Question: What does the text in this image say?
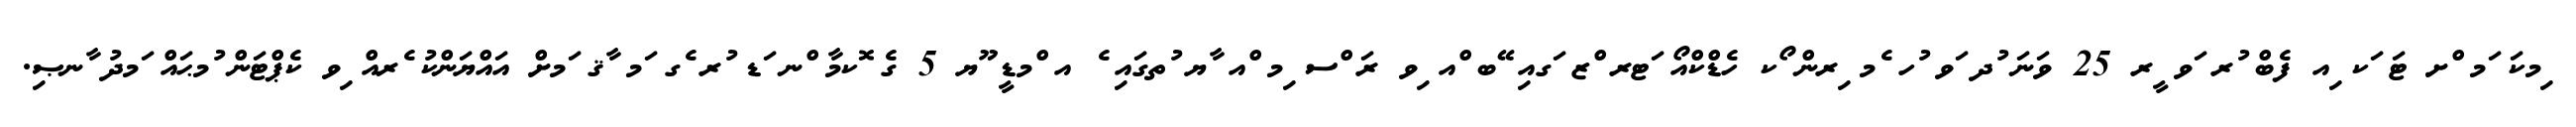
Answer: ިމކަ ަމ ްށ ޓަ ަކ ިއ ފެބް ުރ ަވ ީރ 25 ވަނަ ުދ ަވ ުހ ެމ ިރން ޯކ ހެޑްކްއޯ ަޓރ ްޒ ަގއި ޭބ ްއ ިވ ރަ ްސ ިމ ްއ ާޔ ުތގައި ެ އ ްމޑީ ޫޔ 5 ގެ ޮކމާ ްނ ަޑ ުރ ެގ ަމ ާޤ ަމށް އައްޔަންކު ެރއް ިވ ކެޕްޓަން ުމޙައް ަމދު ާނޞި.